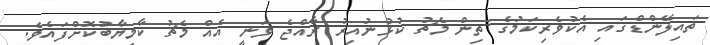
ތައިލޭންޑްގައި އެކުވެރިކަމުގެ ތިން މެޗު ކުޅުނުއިރު ރާއްޖެ ވަނީ އެއް މެޗު ކާމިޔާބުކޮށްފައެވެ.